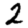
Digit: 2